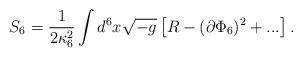
LaTeX: \begin{align*}S_{6} = \frac{1}{2 \kappa_{6}^2} \int d^6x \sqrt{-g} \left [ R - (\partial \Phi_6)^2 + ... \right]. \end{align*}